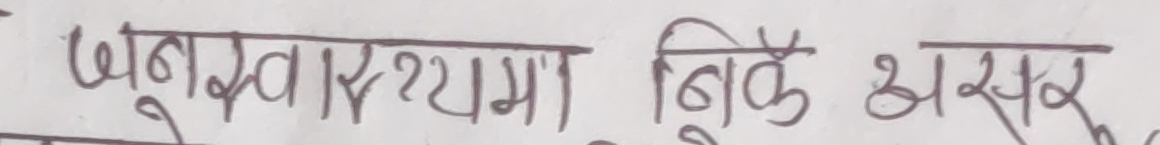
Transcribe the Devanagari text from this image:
जनस्वास्थमा बिर्के असर